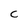
Character: c